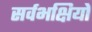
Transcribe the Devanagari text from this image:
सर्वभक्षियों